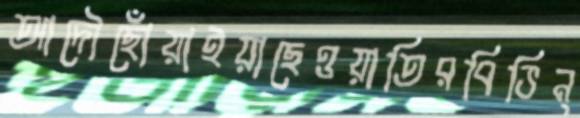
আদৌছোঁয়াইয়াছেওয়াতিরবিভিন্